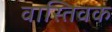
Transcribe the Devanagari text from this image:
वास्‍तिवक